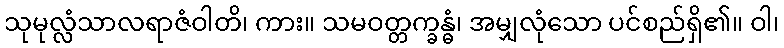
သုမုလ္လံသာလရာဇံဝါတိ၊ ကား။ သမဝတ္တက္ခန္ဓံ၊ အမျှလုံသော ပင်စည်ရှိ၏။ ဝါ၊